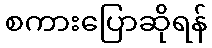
စကားပြောဆိုရန်